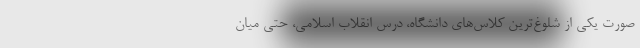
صورت یکی از شلوغ‌ترین کلاس‌های دانشگاه، درس انقلاب اسلامی، حتی میان